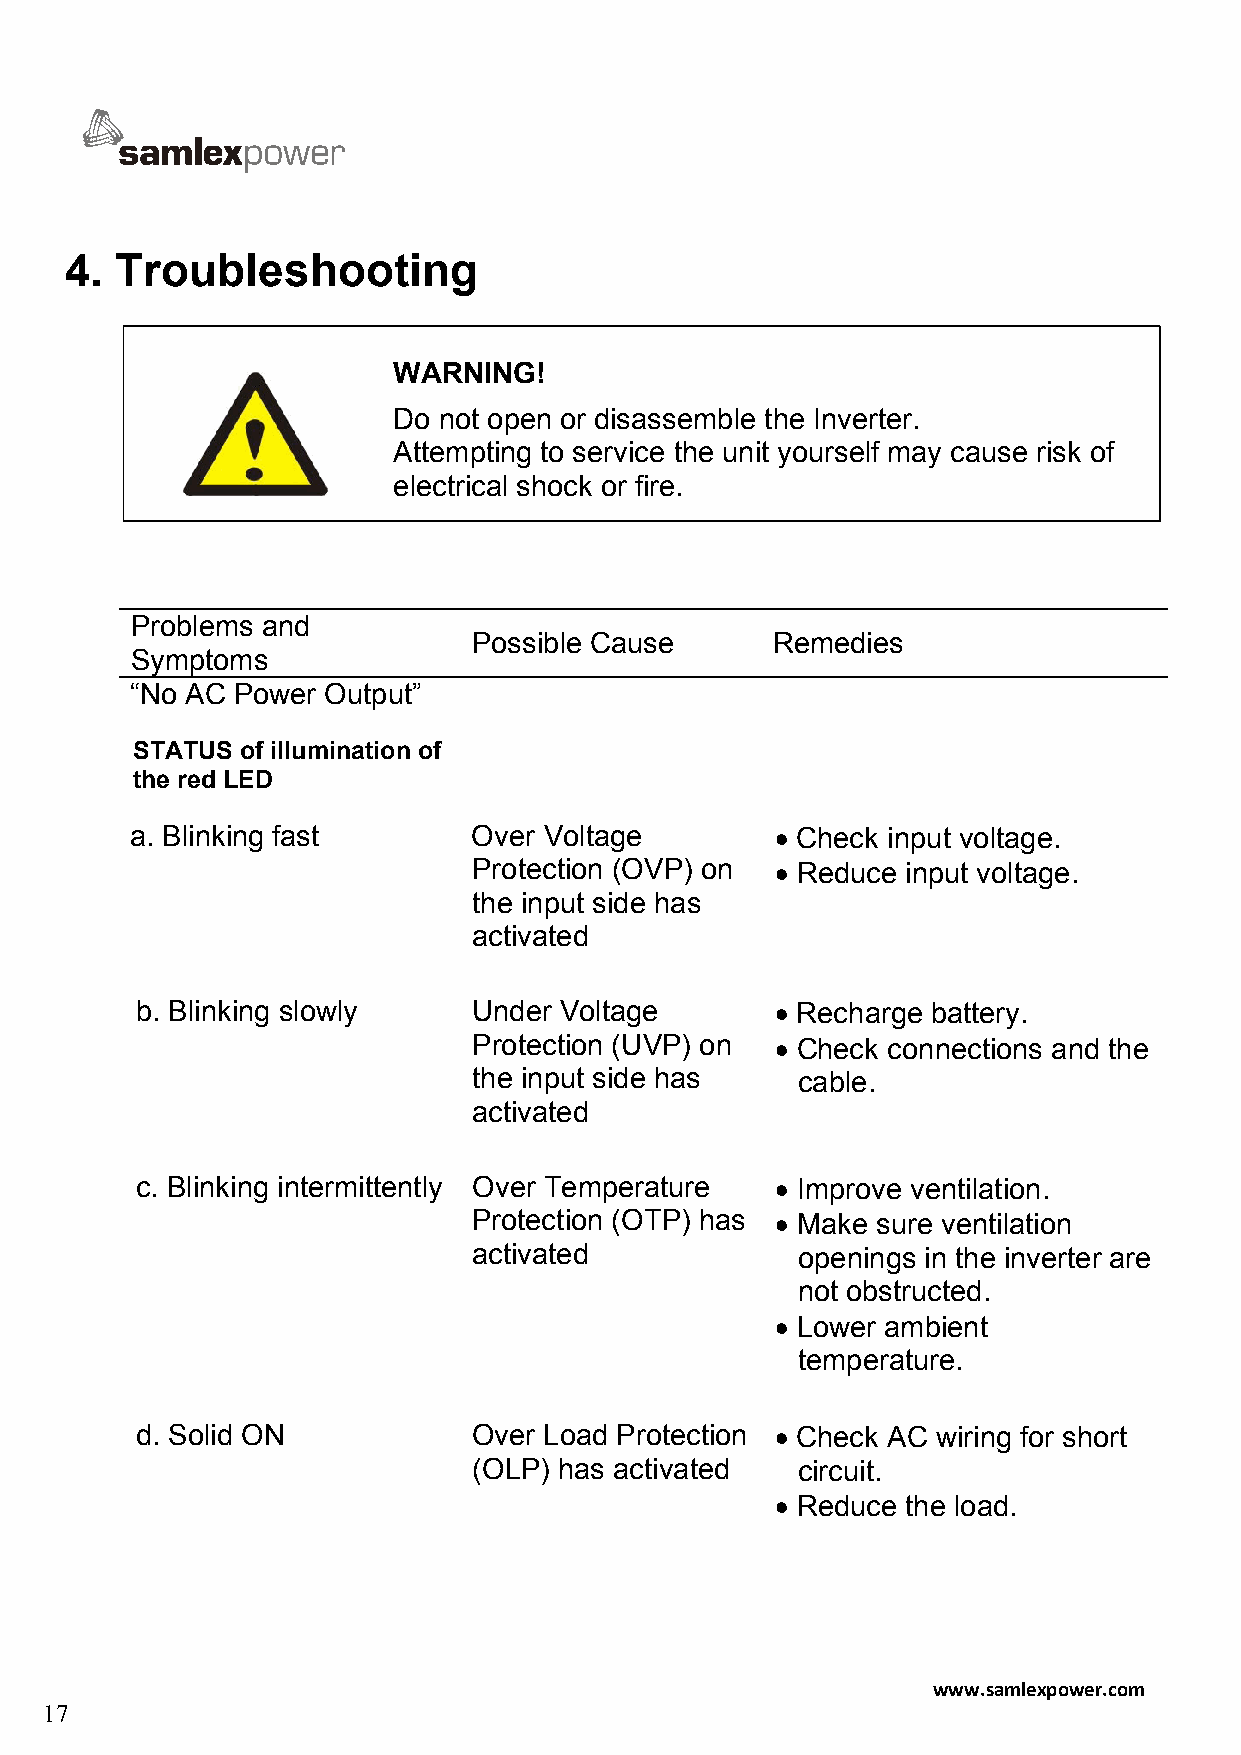
4.  Troubleshooting
 WARNING!
 Do not open or disassemble the Inverter.
 Attempting to service the unit yourself may cause risk of
 electrical shock or fire.
 Problems and
 Possible Cause      Remedies
 Symptoms
 “No AC Power Output”
 STATUS of illumination of
 the red LED
 a. Blinking fast      Over Voltage        • Check input voltage.
 Protection (OVP) on • Reduce input voltage.
 the input side has
 activated
 b. Blinking slowly    Under Voltage       • Recharge battery.
 Protection (UVP) on • Check connections and the
 the input side has    cable.
 activated
 c. Blinking intermittently Over Temperature • Improve ventilation.
 Protection (OTP) has • Make sure ventilation
 activated             openings in the inverter are
 not obstructed.
 • Lower ambient
 temperature.
 d. Solid ON           Over Load Protection • Check AC wiring for short
 (OLP) has activated   circuit.
 • Reduce the load.
 www.samlexpower.com
 17